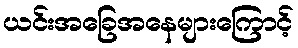
ယင်းအခြေအနေများကြောင့်